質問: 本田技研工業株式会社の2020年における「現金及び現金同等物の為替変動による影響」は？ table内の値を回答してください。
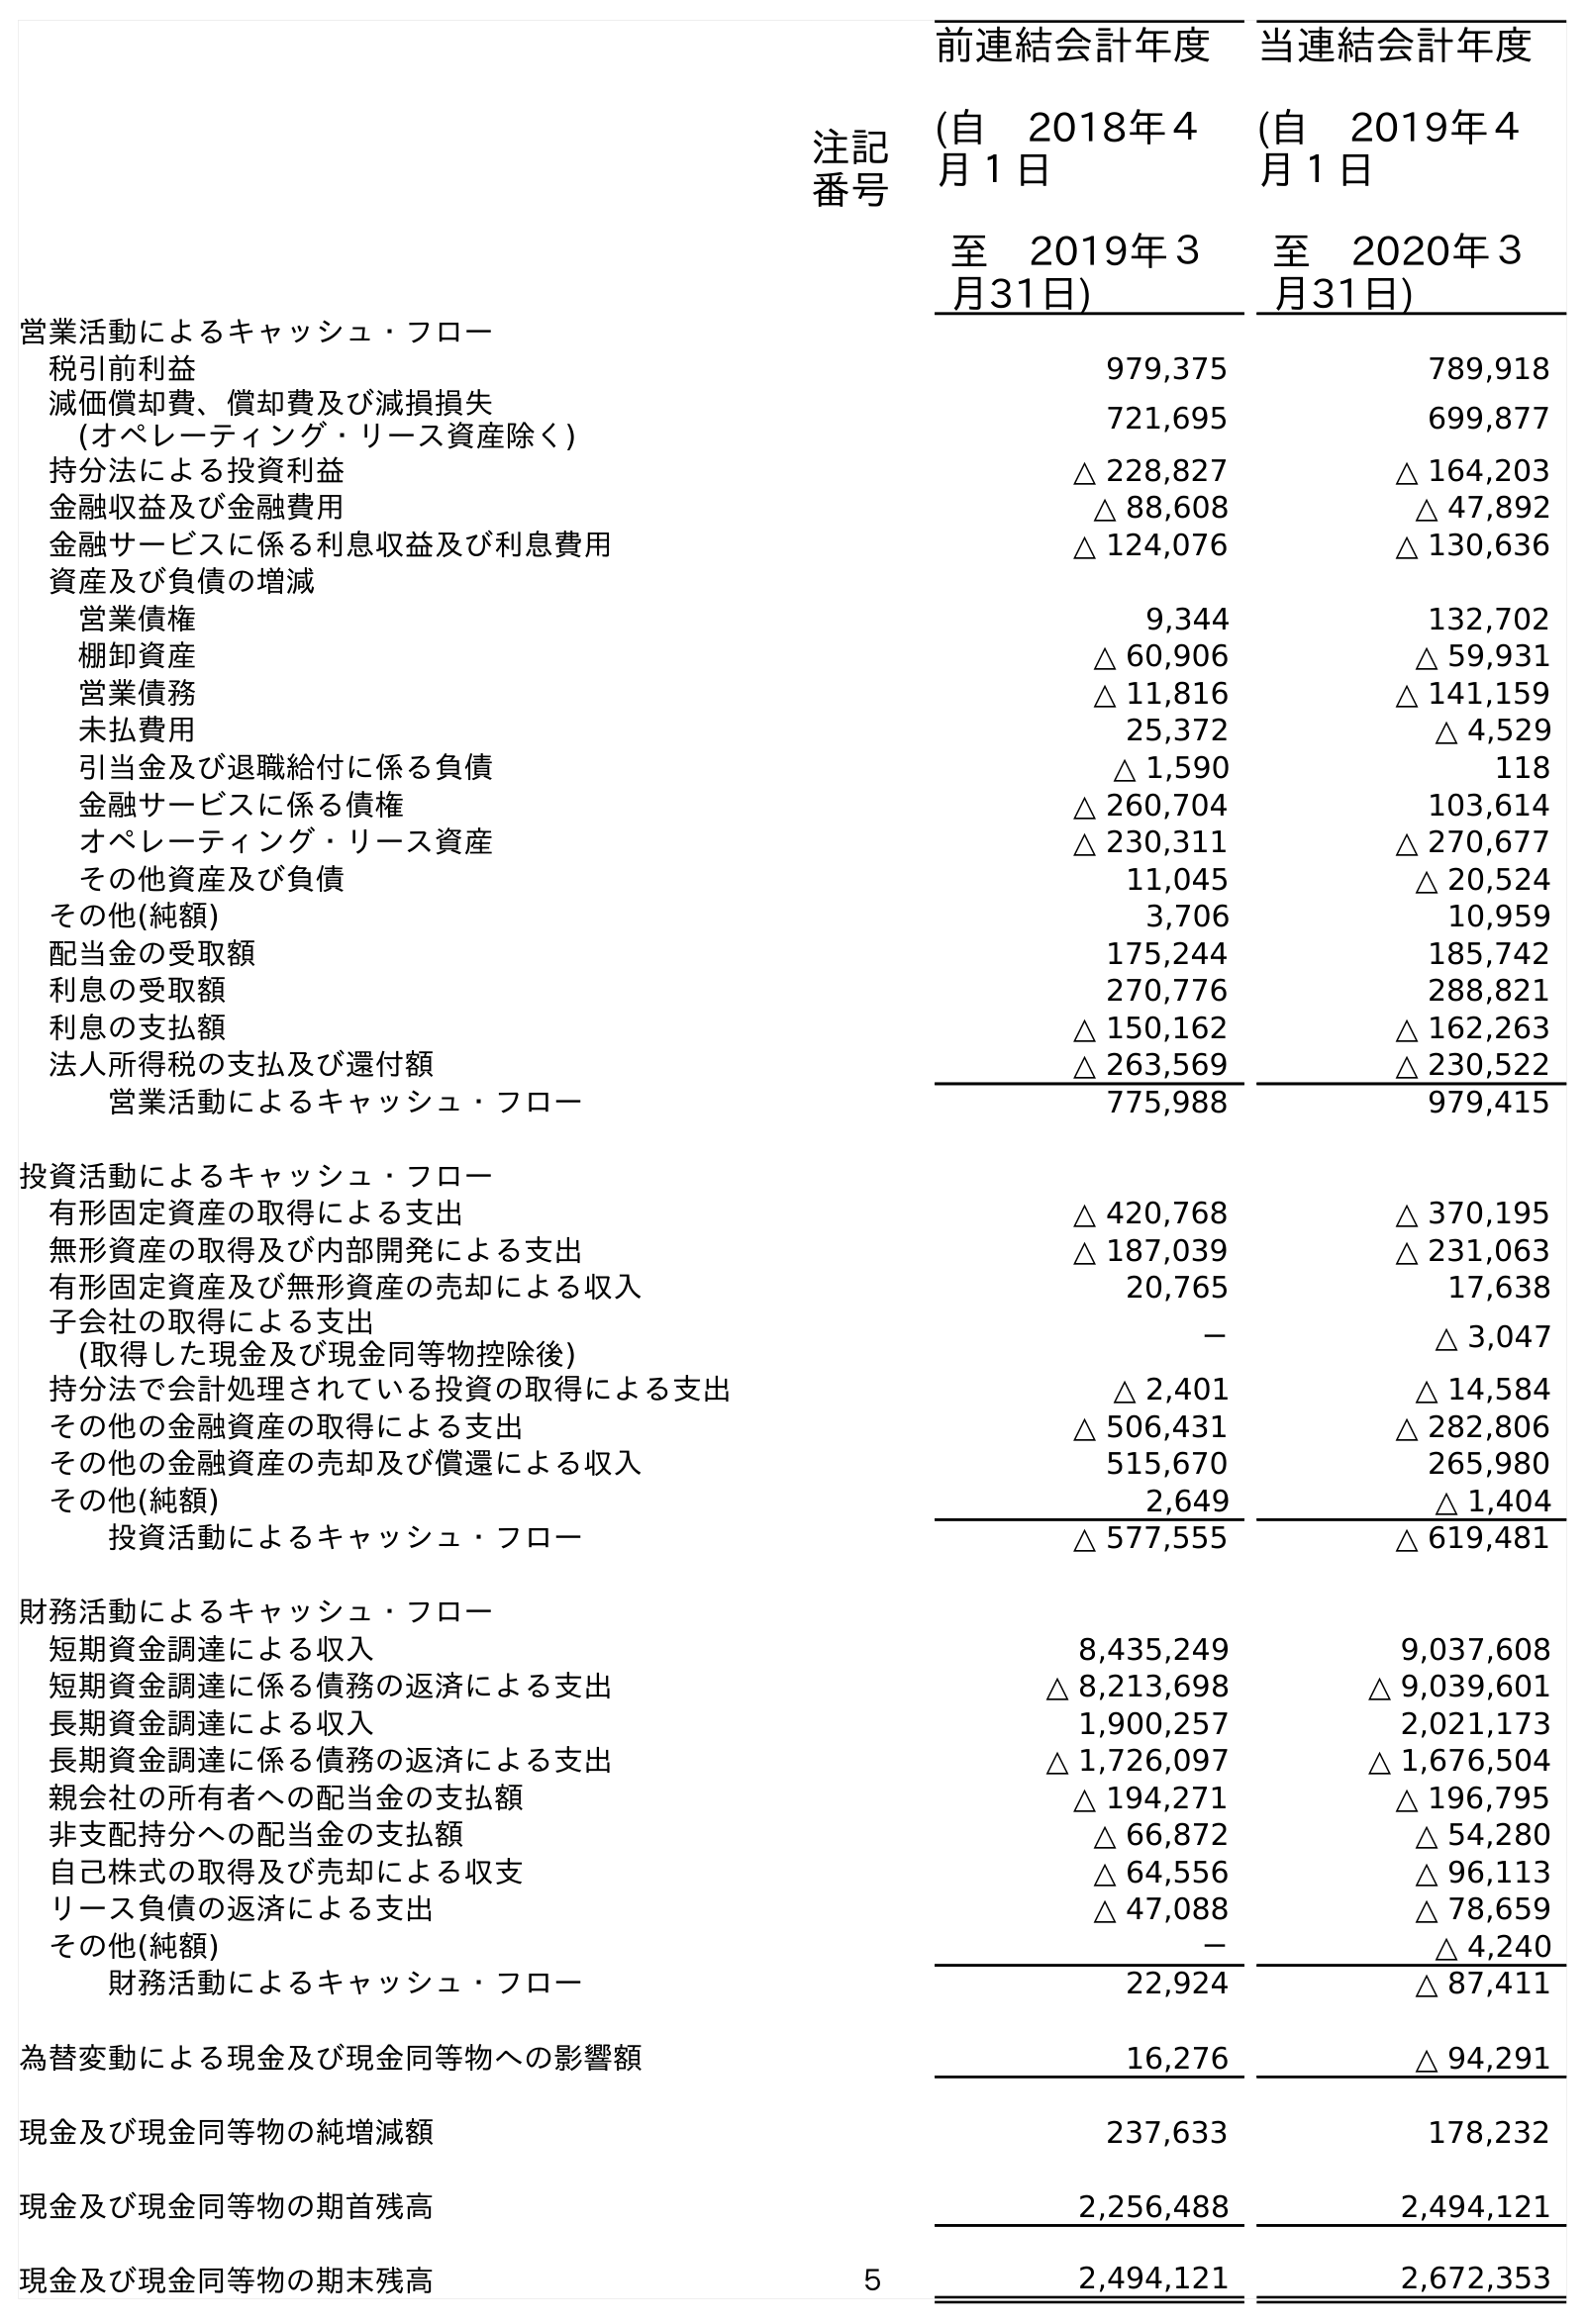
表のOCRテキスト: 注記 番号 前連結会計年度 (自 2018年４ 月１日 至 2019年３ 月31日) 当連結会計年度 (自 2019年４ 月１日 至 2020年３ 月31日) 営業活動によるキャッシュ・フロー 税引前利益 979,375 789,918 減価償却費、償却費及び減損損失 (オペレーティング・リース資産除く) 721,695 699,877 持分法による投資利益 △ 228,827 △ 164,203 金融収益及び金融費用 △ 88,608 △ 47,892 金融サービスに係る利息収益及び利息費用 △ 124,076 △ 130,636 資産及び負債の増減 営業債権 9,344 132,702 棚卸資産 △ 60,906 △ 59,931 営業債務 △ 11,816 △ 141,159 未払費用 25,372 △ 4,529 引当金及び退職給付に係る負債 △ 1,590 118 金融サービスに係る債権 △ 260,704 103,614 オペレーティング・リース資産 △ 230,311 △ 270,677 その他資産及び負債 11,045 △ 20,524 その他(純額) 3,706 10,959 配当金の受取額 175,244 185,742 利息の受取額 270,776 288,821 利息の支払額 △ 150,162 △ 162,263 法人所得税の支払及び還付額 △ 263,569 △ 230,522 営業活動によるキャッシュ・フロー 775,988 979,415 投資活動によるキャッシュ・フロー 有形固定資産の取得による支出 △ 420,768 △ 370,195 無形資産の取得及び内部開発による支出 △ 187,039 △ 231,063 有形固定資産及び無形資産の売却による収入 20,765 17,638 子会社の取得による支出 (取得した現金及び現金同等物控除後) － △ 3,047 持分法で会計処理されている投資の取得による支出 △ 2,401 △ 14,584 その他の金融資産の取得による支出 △ 506,431 △ 282,806 その他の金融資産の売却及び償還による収入 515,670 265,980 その他(純額) 2,649 △ 1,404 投資活動によるキャッシュ・フロー △ 577,555 △ 619,481 財務活動によるキャッシュ・フロー 短期資金調達による収入 8,435,249 9,037,608 短期資金調達に係る債務の返済による支出 △ 8,213,698 △ 9,039,601 長期資金調達による収入 1,900,257 2,021,173 長期資金調達に係る債務の返済による支出 △ 1,726,097 △ 1,676,504 親会社の所有者への配当金の支払額 △ 194,271 △ 196,795 非支配持分への配当金の支払額 △ 66,872 △ 54,280 自己株式の取得及び売却による収支 △ 64,556 △ 96,113 リース負債の返済による支出 △ 47,088 △ 78,659 その他(純額) － △ 4,240 財務活動によるキャッシュ・フロー 22,924 △ 87,411 為替変動による現金及び現金同等物への影響額 16,276 △ 94,291 現金及び現金同等物の純増減額 237,633 178,232 現金及び現金同等物の期首残高 2,256,488 2,494,121 現金及び現金同等物の期末残高 ５ 2,494,121 2,672,353
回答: △94,291